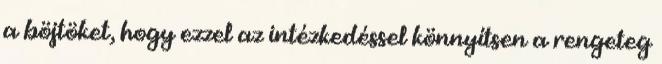
a böjtöket, hogy ezzel az intézkedéssel könnyítsen a rengeteg